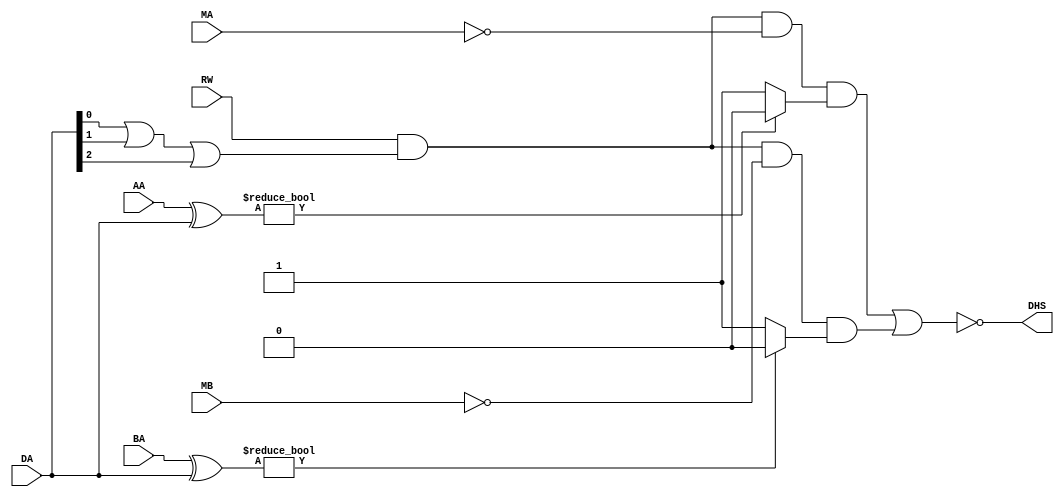
module data_hazard(
input [2:0] AA,
input [2:0] BA,
input [2:0] DA,
input RW,
input MA,
input MB,
output DHS
);
reg or_1,comp_1,comp_2,HA,HB;
always@(*)
begin
 or_1 = DA[0]|DA[1]|DA[2]; //comparator 1
 if (AA ^ DA) comp_1 = 1'b0;
 else comp_1 = 1'b1;
 //comparator 2
 if (BA ^ DA) comp_2 = 1'b0;
 else comp_2 = 1'b1;
 HA = RW & or_1 & ~MA & comp_1;
 HB = RW & or_1 & ~MB & comp_2;end
assign DHS = ~(HA | HB);
endmodule